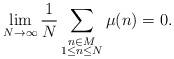
LaTeX: \begin{align*}\lim_{N\rightarrow \infty} \frac{1}{N}\sum_{\substack{n\in M\\ 1\leq n\leq N}} \mu(n)=0.\end{align*}